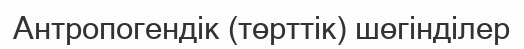
Антропогендік (төрттік) шөгінділер